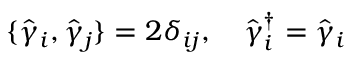
\{ \hat { \gamma } _ { i } , \hat { \gamma } _ { j } \} = 2 { \delta } _ { i j } , \ \ \ \hat { \gamma } _ { i } ^ { \dagger } = \hat { \gamma } _ { i }